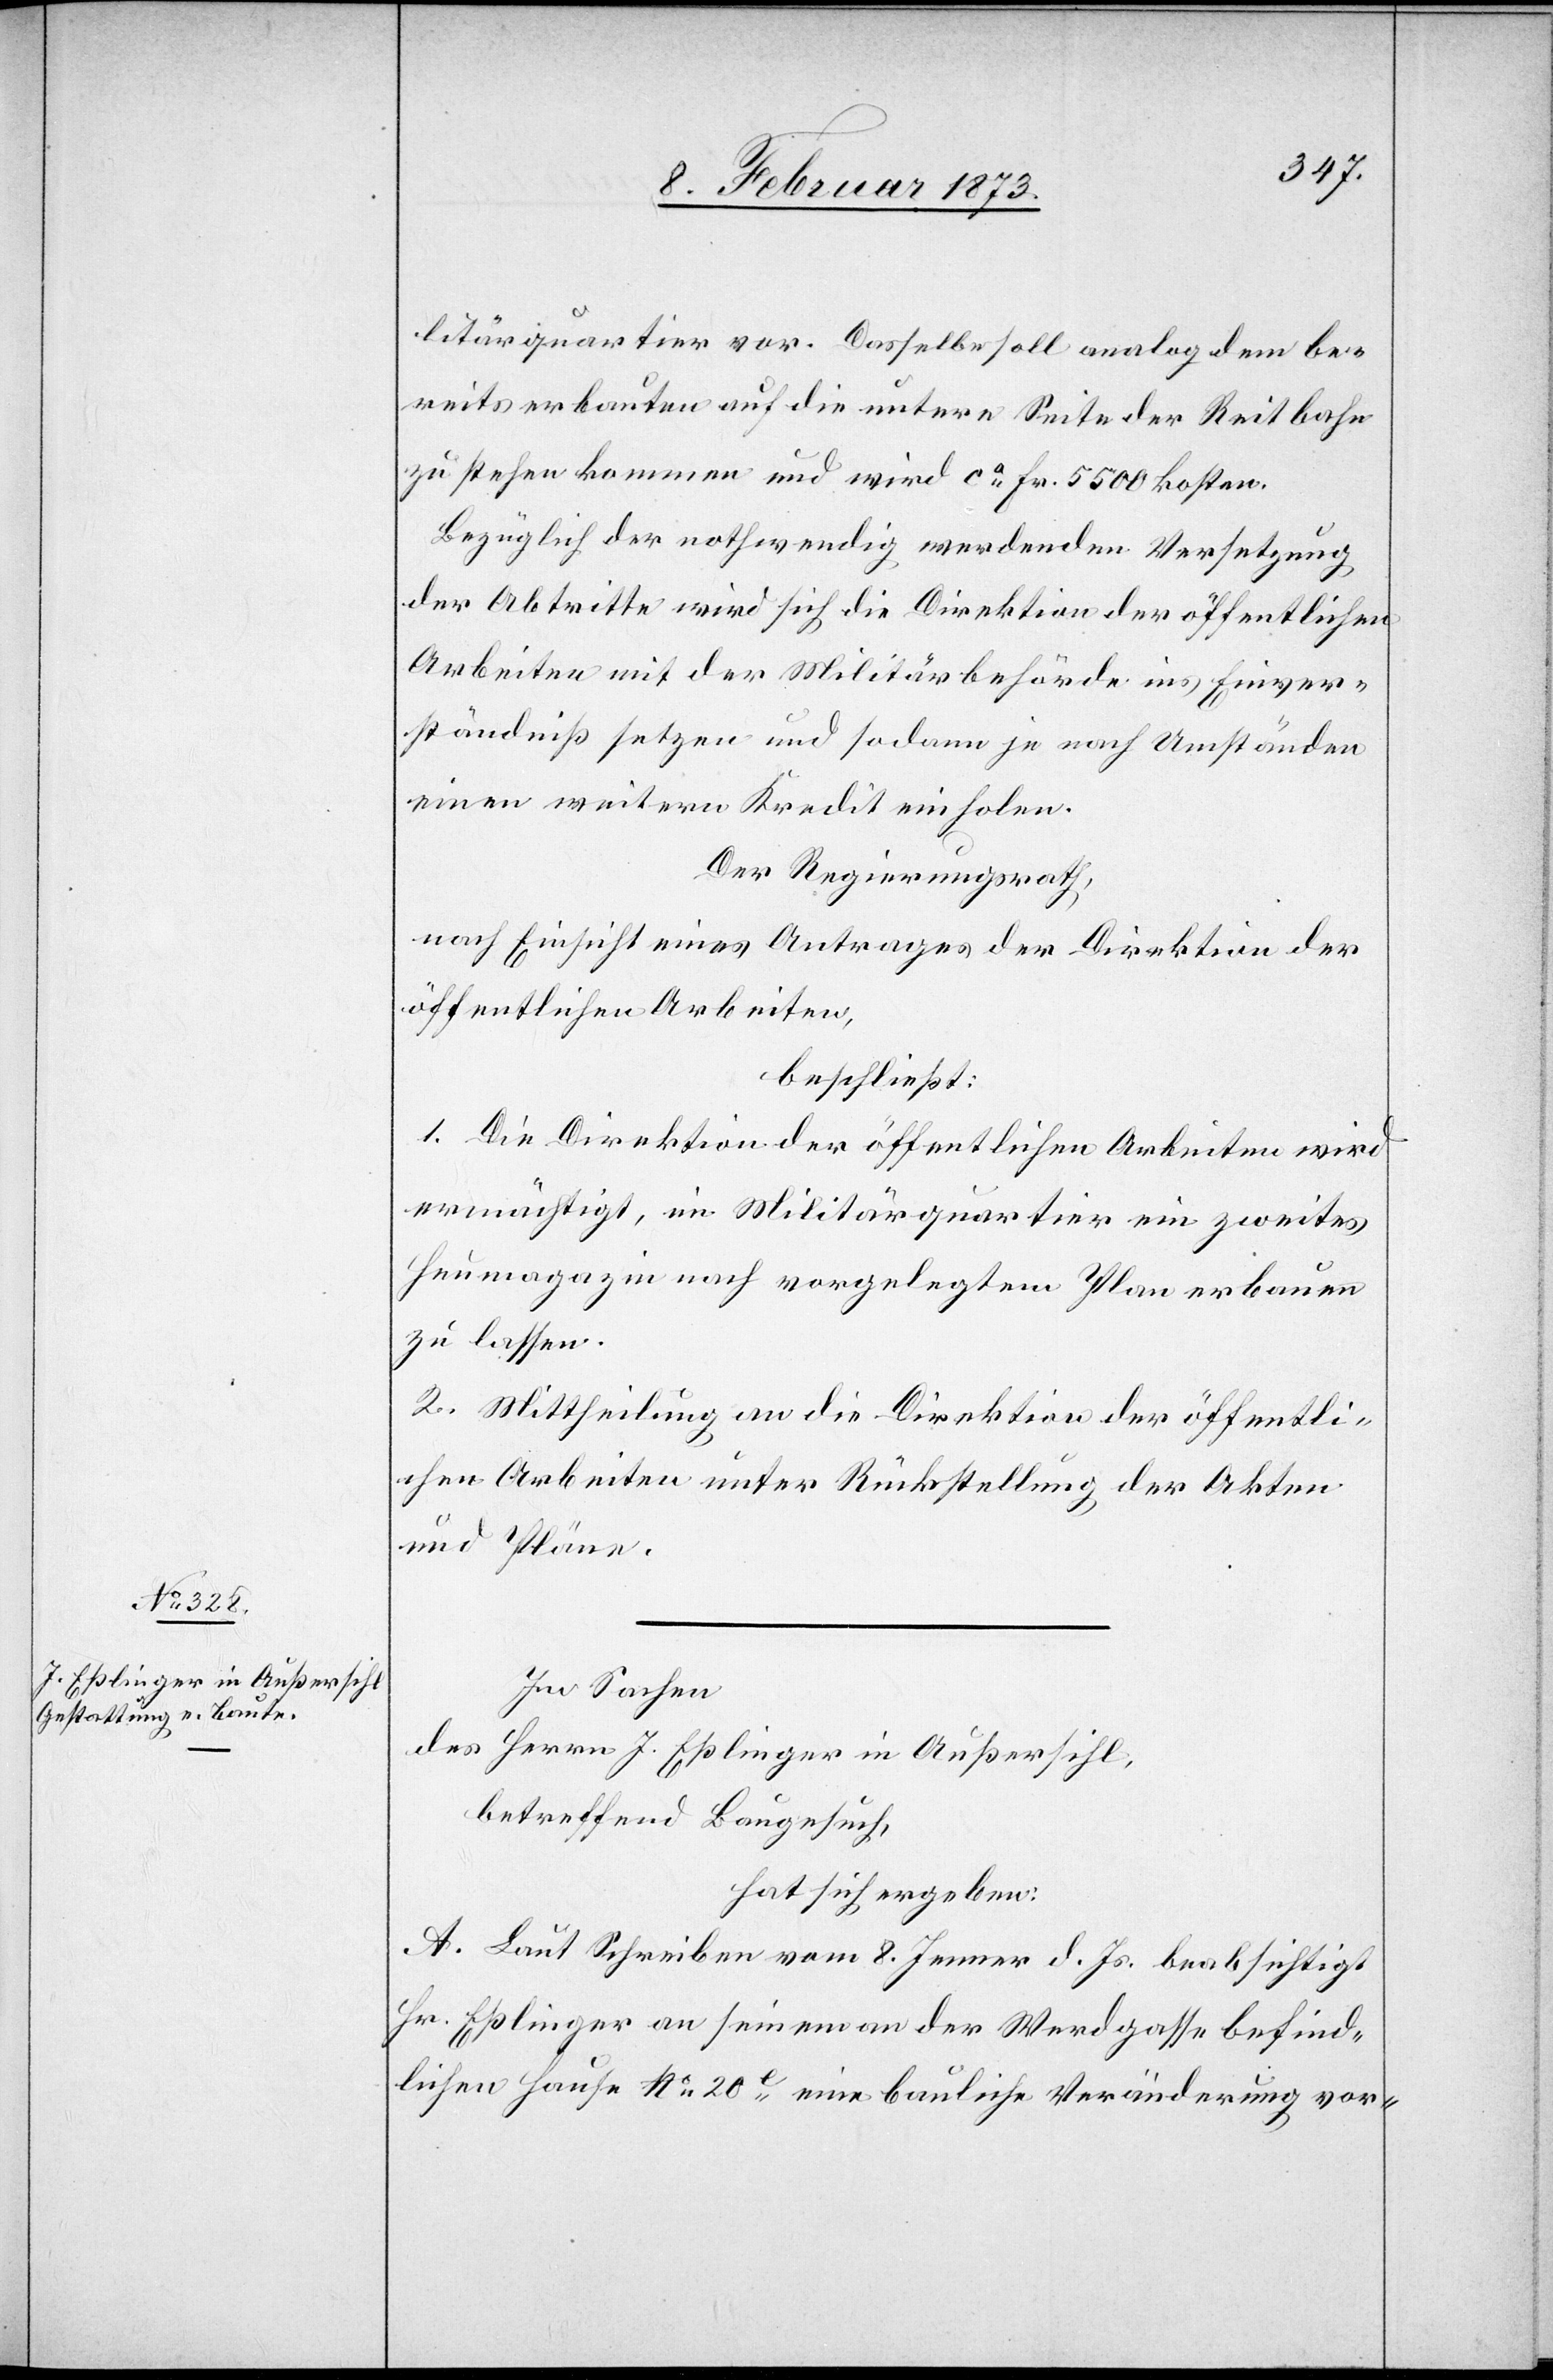
litärquartier vor. Dasselbe soll analog dem be¬
reits erbauten auf die untere Seite der Reitbahn
zu stehen kommen und wird ca Fr. 5500 kosten.
Bezüglich der nothwendig werdenden Versetzung
der Abtritte wird sich die Direktion der öffentlichen
Arbeiten mit der Militärbehörde ins Einver¬
ständniß setzen und sodann je nach Umständen
einen weitern Kredit einholen.
Der Regierungsrath,
nach Einsicht eines Antrages der Direktion der
öffentlichen Arbeiten,
beschließt:
1. Die Direktion der öffentlichen Arbeiten wird
ermächtigt, im Militärquartier ein zweites
Heumagazin nach vorgelegtem Plan erbauen
zu lassen.
2. Mittheilung an die Direktion der öffentli¬
chen Arbeiten unter Rückstellung der Akten
und Pläne.
In Sachen
des Herrn J. Eßlinger in Außersihl,
betreffend Baugesuch,
hat sich ergeben:
A. Laut Schreiben vom 8. Jenner d. Js. beabsichtigt
Hr. Eßlinger an seinem an der Werdgasse befind¬
lichen Hause No. 20e eine bauliche Veränderung vor-